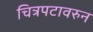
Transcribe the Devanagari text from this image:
चित्रपटावरुन